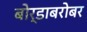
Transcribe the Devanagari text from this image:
बोर्डाबरोबर